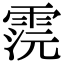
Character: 𩂷